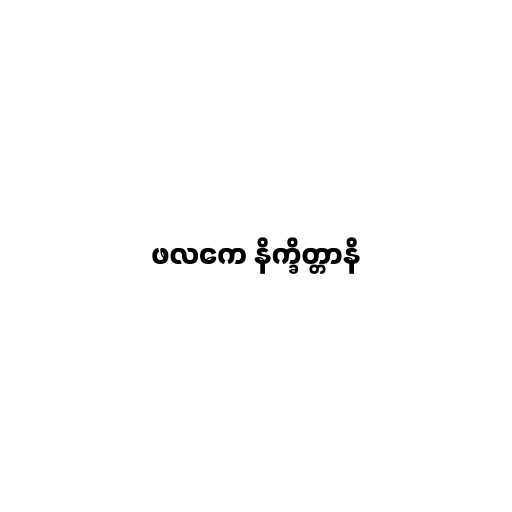
ဖလကေ နိက္ခိတ္တာနိ